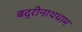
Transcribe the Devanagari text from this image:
बद्रीनाथधाम